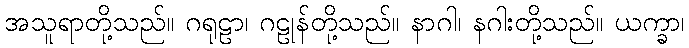
အသူရာတို့သည်။ ဂရုဠာ၊ ဂဠုန်တို့သည်။ နာဂါ၊ နဂါးတို့သည်။ ယက္ခာ၊